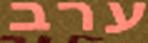
ערב